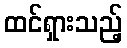
ထင်ရှားသည့်